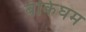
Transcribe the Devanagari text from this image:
बंकिंघम